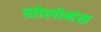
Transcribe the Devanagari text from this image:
सोलोमंस